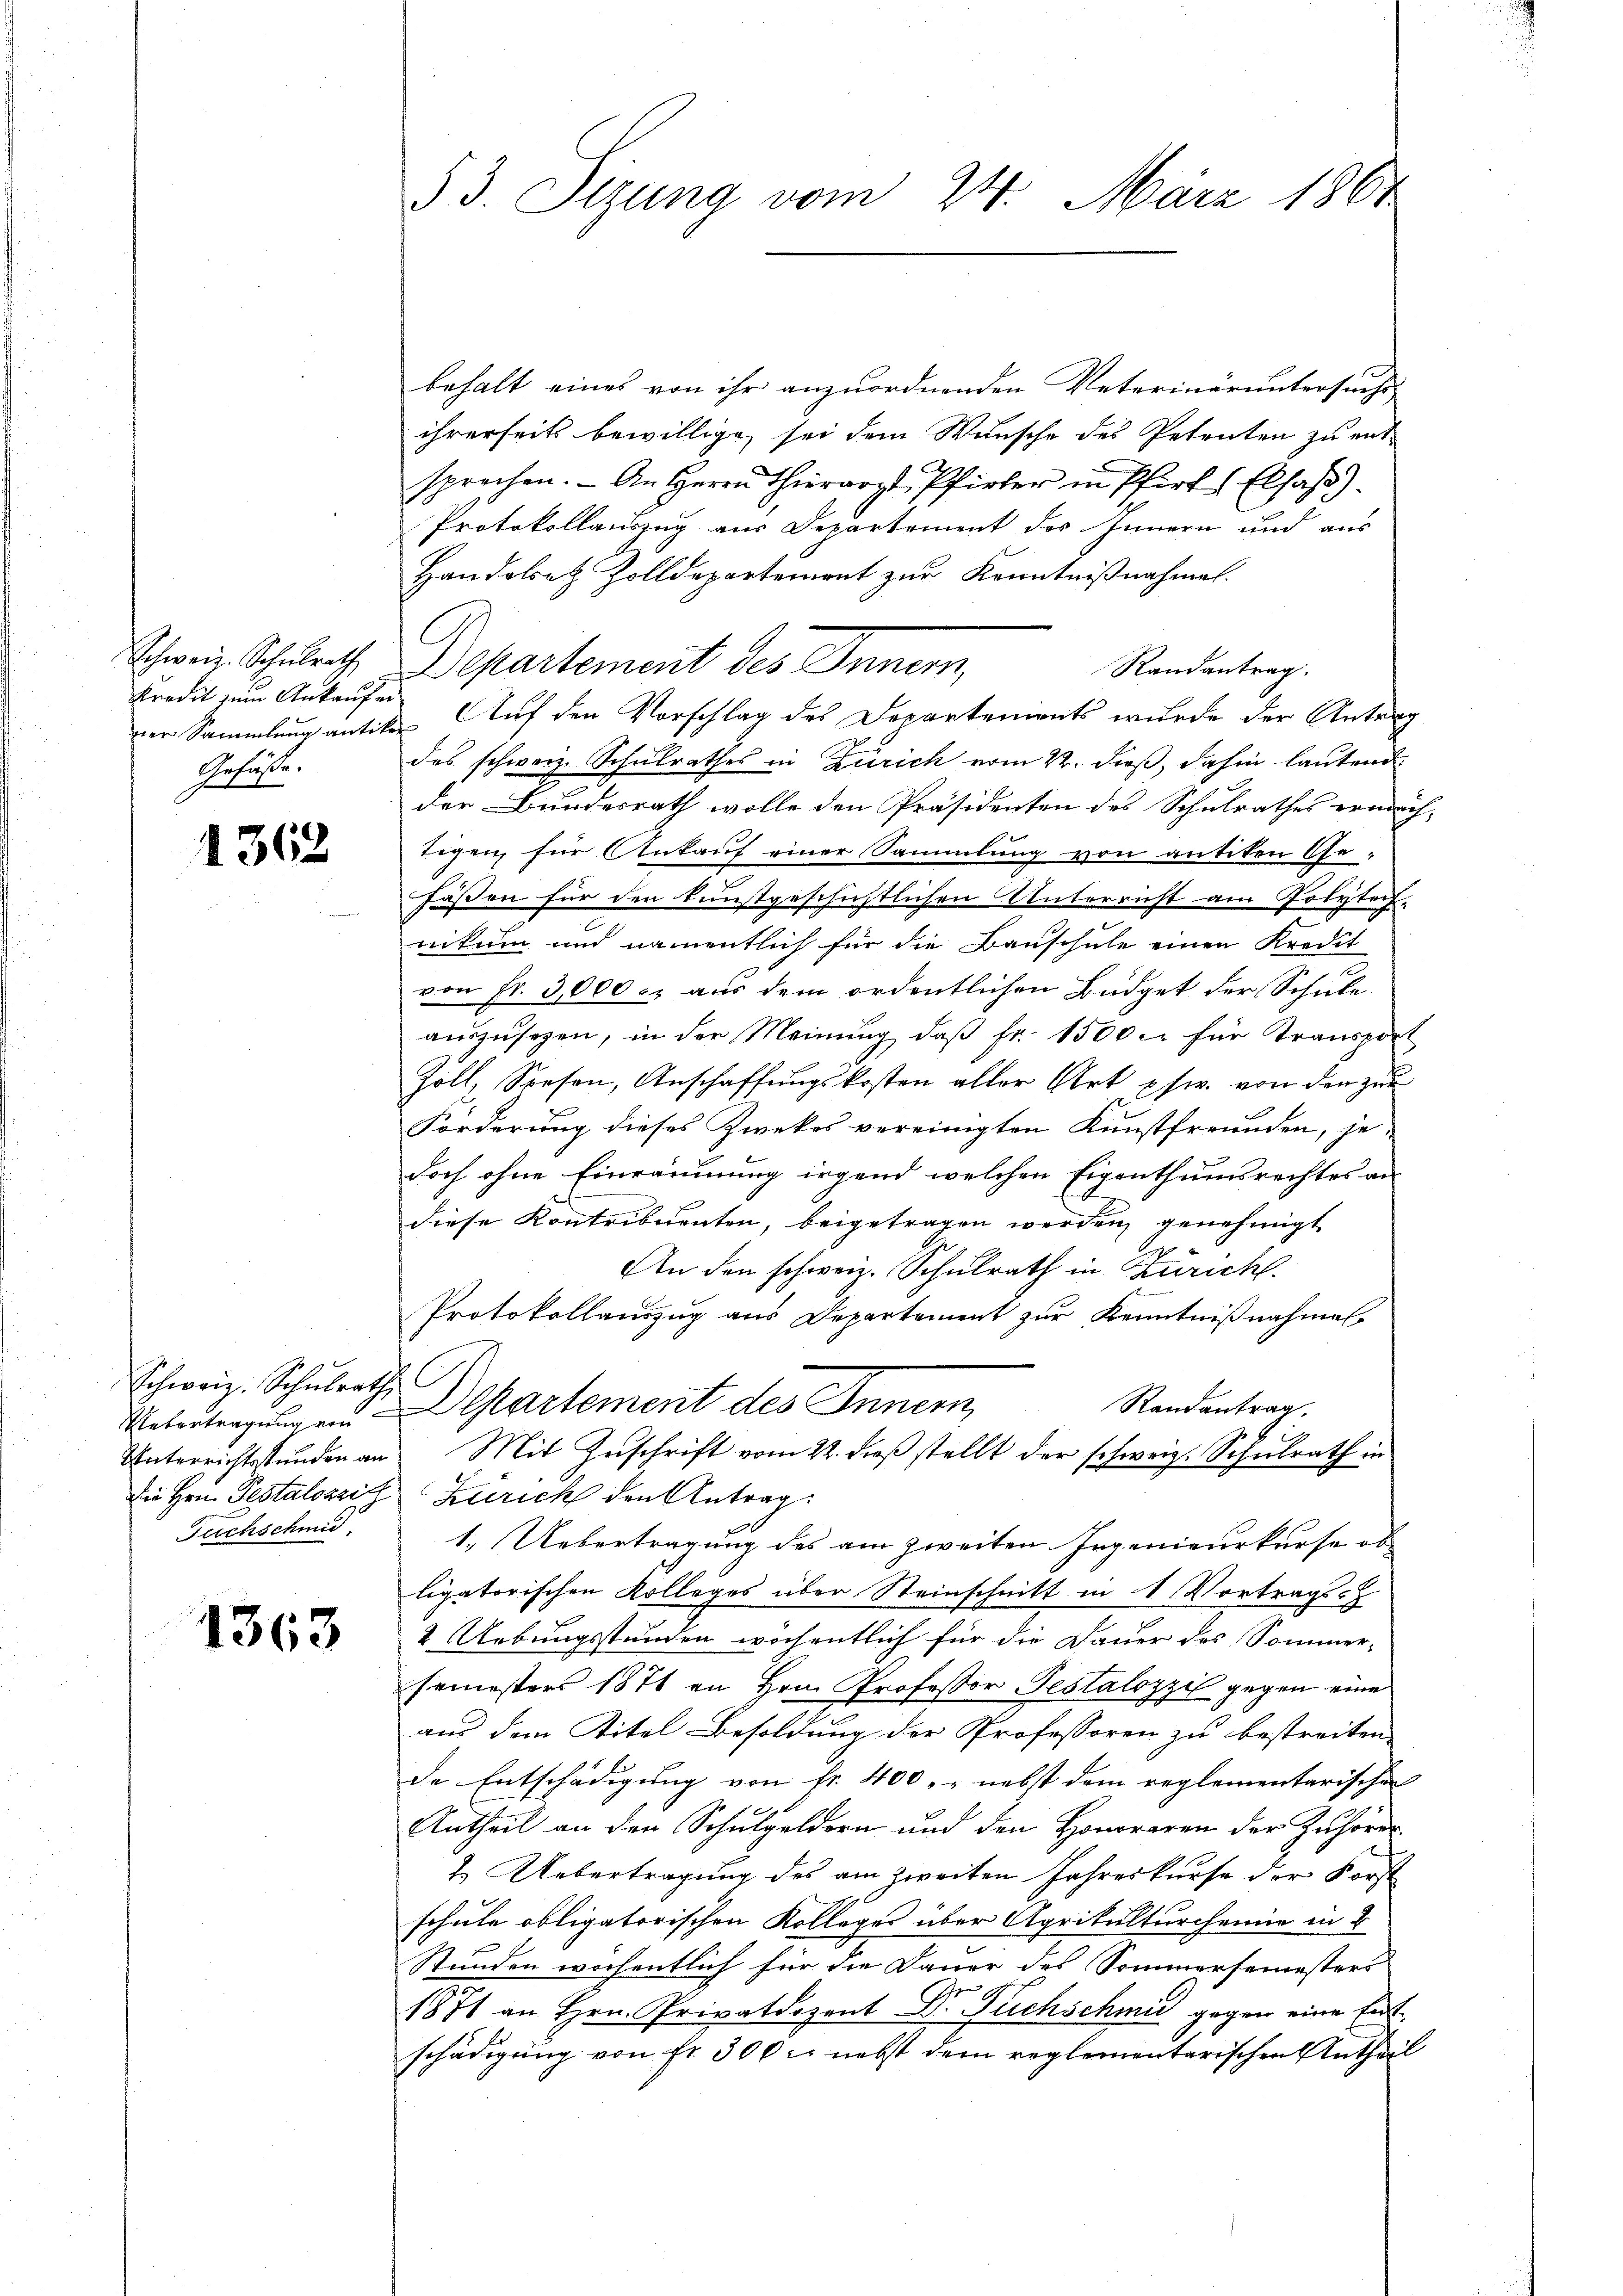
Kredit zum Ankaufen
Gefäße.

1362

Schweiz. Schŭlrath
Fuchschind

1363

53. Sizung vom 24. März 1861

behalt eines von ihr anzuordnenden Veterinäruntersuchs-
ihrerseits bewillige sei dem Wunsche des Petenten zu ent-
sprechen. - An Herrn Thierarzt, Pfirter in Pfirt (Elsaß).
Protokollauszug aus Departement des Innern und aus
Handelsatz Zolldepartement zur Kenntnißnahmen.
Schweiz. Schulrath, Departement des Innern,
Randantrag.
ner Sammlung antiker Auf den Vorschlag des Departements wurde der Antrag
des schweiz. Schulrathes in Zürich vom 22. dieß, dahin lautend
der Bundesrath wolle den Präsidenten des Schulrathes eredach-
tegen, für Ankauf einer Sammlung von antiken Ge-
Füßen für den kunstgeschichtlichen Unterricht am Polytech-
nitum und namentlich für die Bauschule einen Kredit
von Fr. 3,000 c. aus dem ordentlichen Büdget der Schule
aŭszŭsehen, in der Meinung, daβ fr. 1500 c. für Transport
Zoll, Spesen, Anschaffungskosten aller Art psw. von den zur
Forderung dieses Zwekes vereinigten Kunstfreunden, je-
doch ohne Einräumung irgend welchen Eigenthumsrechtes an
diese Kontribuenten, beigetragen werden genehmigt
f
An den schweiz. Schulrath in Zürich
Protokollauszug aus Departement zur Kenntnißnahmen.
Randantrag.
Untertragung ein Departement des Innern,
Unterrichtsstunden an Mit Zuschrift vom 22. dieß stellt der schweiz. Schulrath in
Die Hrn. Pestalozzis Zürich den Antrag
1. Uebertragung des am zweiten Ingenieurkurse ob
ligatorischen Kolleges über Steinschnitt in 1 Vortrags-
2. Uebungsstunden wöchentlich für die Dauer des Sommer-
semesters 1871 an Hrn. Professor Testalozzi gegen eine
aus dem Titel Besoldung der Professoren zu bestreiten
de Entschädigung von fr. 400. nebst dem reglementarischen
Antheil an den Schulgeldern und den Honoraren der Zuhörer
2. Uebertragung des am zweiten Jahreskurse der Forst
schule obligatorischen Kolleges über Agrikulturcheine in B
Stunden wöchentlich für die Dauer des Sommersemesters
1871 an Hrn. Privatdozent Dr. Fuchschmid gegen eine Entschädigung von fr. 300 l. nebst dem reglementarischen Antheil